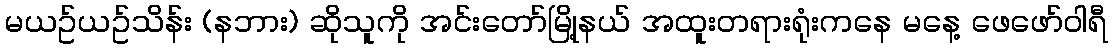
မယဥ်ယဥ်သိန်း (နဘား) ဆိုသူကို အင်းတော်မြို့နယ် အထူးတရားရုံးကနေ မနေ့ ဖေဖော်ဝါရီ